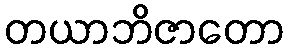
တယာဘိဇာတော